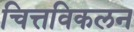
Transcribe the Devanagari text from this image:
चित्तविकलन